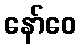
နော်ဝေ